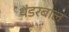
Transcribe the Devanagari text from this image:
थंडरबाल